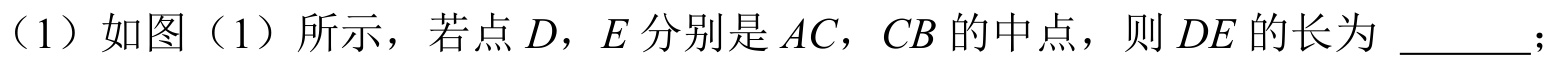
（1）如图（1）所示，若点\(D，E\)分别是\(AC，CB\)的中点，则\(DE\)的长为 \_\_\_\_\_；